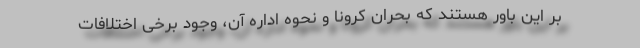
بر این باور هستند که بحران کرونا و نحوه اداره آن، وجود برخی اختلافات